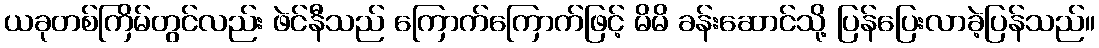
ယခုတစ်ကြိမ်တွင်လည်း ဖဲင်နီသည် ကြောက်ကြောက်ဖြင့် မိမိ ခန်းဆောင်သို့ ပြန်ပြေးလာခဲ့ပြန်သည်။